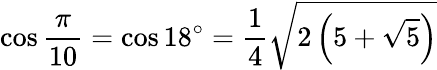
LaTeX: \cos{\frac{\pi}{10}}=\cos 18^{\circ}={\frac{1}{4}}{\sqrt{2\left(5+{\sqrt{5}}\right)}}